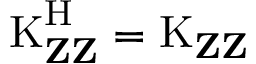
\operatorname { K } _ { \mathbf { Z } \mathbf { Z } } ^ { \mathrm { H } } = \operatorname { K } _ { \mathbf { Z } \mathbf { Z } }